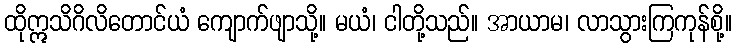
ထိုဣသိဂိလိတောင်ယံ ကျောက်ဖျာသို့။ မယံ၊ ငါတို့သည်။ အာယာမ၊ လာသွားကြကုန်စို့။